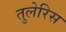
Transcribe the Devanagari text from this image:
तुलेरिस